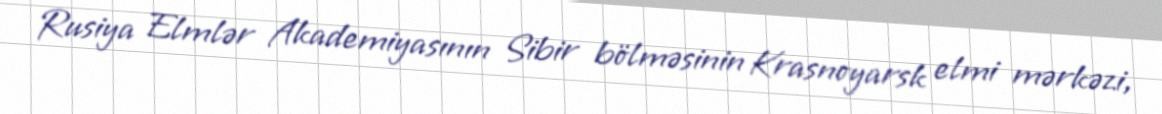
Rusiya Elmlər Akademiyasının Sibir bölməsinin Krasnoyarsk elmi mərkəzi,